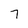
Character: 7